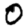
Digit: 0